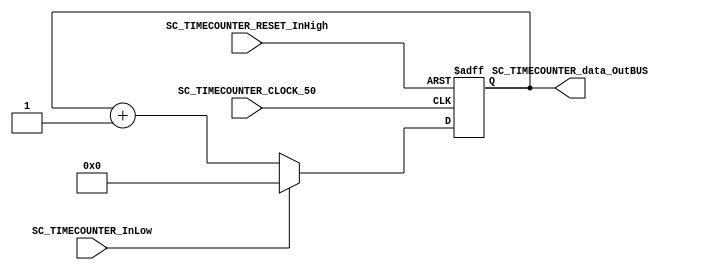
/*#################################################################################
////-----SPEEDCOUNTER FROOGER 2022 - 2 SISTEMAS ELECTRONICOS DIGITALES -----////
##################################################################################*/

module SC_TIMECOUNTER #(parameter TIMECOUNTER_DATAWIDTH=24)(
	//////////// OUTPUTS //////////
	SC_TIMECOUNTER_data_OutBUS,
	//////////// INPUTS //////////
	SC_TIMECOUNTER_CLOCK_50,
	SC_TIMECOUNTER_RESET_InHigh,
	SC_TIMECOUNTER_InLow 
);
//=======================================================
//  PARAMETER declarations
//=======================================================

//=======================================================
//  PORT declarations
//=======================================================
output		[TIMECOUNTER_DATAWIDTH-1:0]	SC_TIMECOUNTER_data_OutBUS;
input		SC_TIMECOUNTER_CLOCK_50;
input		SC_TIMECOUNTER_RESET_InHigh;
input		SC_TIMECOUNTER_InLow;

//=======================================================
//  REG/WIRE declarations
//=======================================================
reg [TIMECOUNTER_DATAWIDTH-1:0] timecounter_Register;
reg [TIMECOUNTER_DATAWIDTH-1:0] timecounter_Signal;
//=======================================================
//  Structural coding
//=======================================================
//INPUT LOGIC: COMBINATIONAL
always @(*)
begin
	if (SC_TIMECOUNTER_InLow == 1'b0)
		timecounter_Signal = timecounter_Register + 1'b1;
	else if (SC_TIMECOUNTER_InLow == 1'b1)
		timecounter_Signal = 1'b0;
	else
		timecounter_Signal = timecounter_Register;
	end
	
//STATE REGISTER: SEQUENTIAL
always @(posedge SC_TIMECOUNTER_CLOCK_50, posedge SC_TIMECOUNTER_RESET_InHigh)
begin
	if (SC_TIMECOUNTER_RESET_InHigh  == 1'b1)
		timecounter_Register <= 0;
	else
		timecounter_Register <= timecounter_Signal;
end
//=======================================================
//  Outputs
//=======================================================
//OUTPUT LOGIC: COMBINATIONAL
assign SC_TIMECOUNTER_data_OutBUS = timecounter_Register;

endmodule